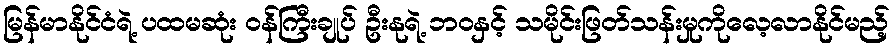
မြန်မာနိုင်ငံရဲ့ ပထမဆုံး ဝန်ကြီးချုပ် ဦးနုရဲ့ ဘဝနှင့် သမိုင်းဖြတ်သန်းမှုကိုလေ့လာနိုင်မည့်